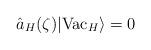
LaTeX: \begin{align*}\hat a_H(\zeta)\vert {\rm Vac }_H\rangle =0\end{align*}